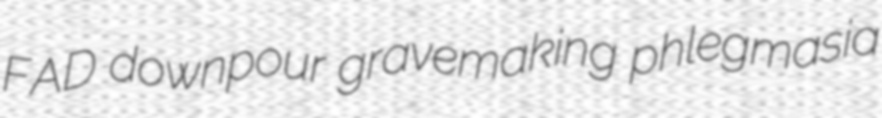
FAD downpour gravemaking phlegmasia